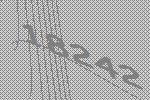
18242